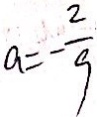
a = - \frac { 2 } { 9 }